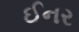
ઈનર